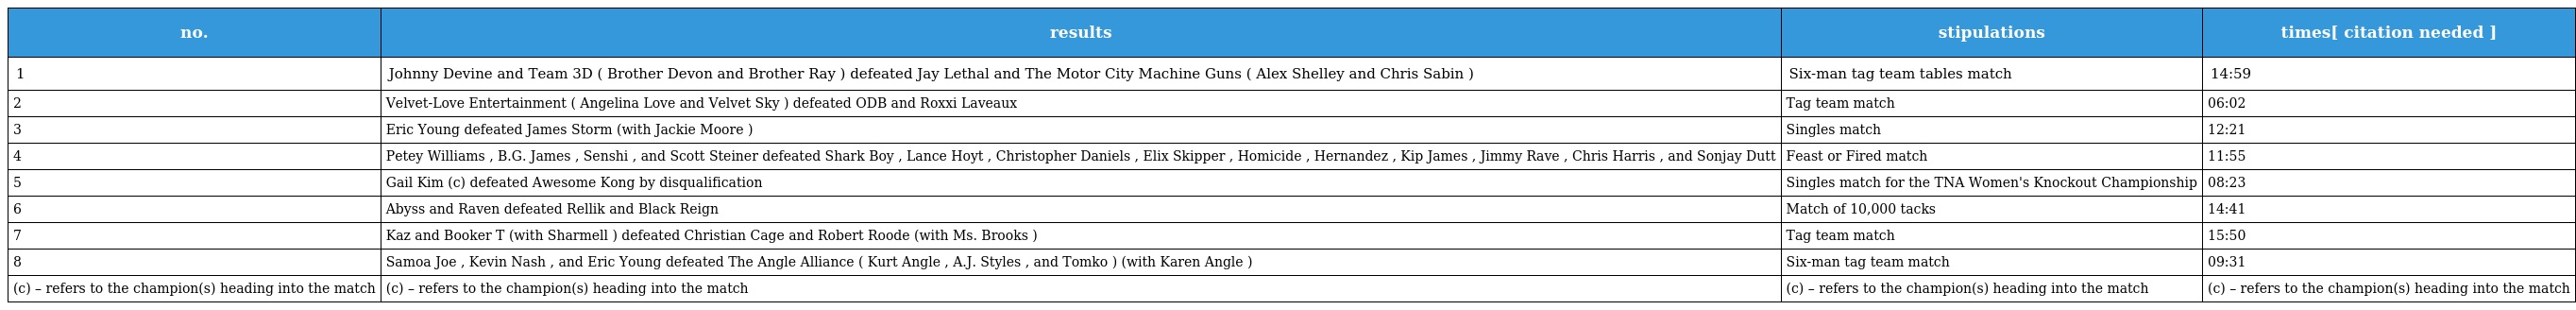
| no. | results | stipulations | times[ citation needed ] |
 | --- | --- | --- | --- |
 | 1 | Johnny Devine and Team 3D ( Brother Devon and Brother Ray ) defeated Jay Lethal and The Motor City Machine Guns ( Alex Shelley and Chris Sabin ) | Six-man tag team tables match | 14:59 |
 | 2 | Velvet-Love Entertainment ( Angelina Love and Velvet Sky ) defeated ODB and Roxxi Laveaux | Tag team match | 06:02 |
 | 3 | Eric Young defeated James Storm (with Jackie Moore ) | Singles match | 12:21 |
 | 4 | Petey Williams , B.G. James , Senshi , and Scott Steiner defeated Shark Boy , Lance Hoyt , Christopher Daniels , Elix Skipper , Homicide , Hernandez , Kip James , Jimmy Rave , Chris Harris , and Sonjay Dutt | Feast or Fired match | 11:55 |
 | 5 | Gail Kim (c) defeated Awesome Kong by disqualification | Singles match for the TNA Women's Knockout Championship | 08:23 |
 | 6 | Abyss and Raven defeated Rellik and Black Reign | Match of 10,000 tacks | 14:41 |
 | 7 | Kaz and Booker T (with Sharmell ) defeated Christian Cage and Robert Roode (with Ms. Brooks ) | Tag team match | 15:50 |
 | 8 | Samoa Joe , Kevin Nash , and Eric Young defeated The Angle Alliance ( Kurt Angle , A.J. Styles , and Tomko ) (with Karen Angle ) | Six-man tag team match | 09:31 |
 | (c) – refers to the champion(s) heading into the match | (c) – refers to the champion(s) heading into the match | (c) – refers to the champion(s) heading into the match | (c) – refers to the champion(s) heading into the match |